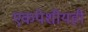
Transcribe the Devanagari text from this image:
एकपेशीयही